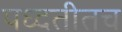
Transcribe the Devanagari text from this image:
पध्दतीतच